Civil Veterinary Department. United Provinces 1923-31 - 1923-1931
Year: 1923
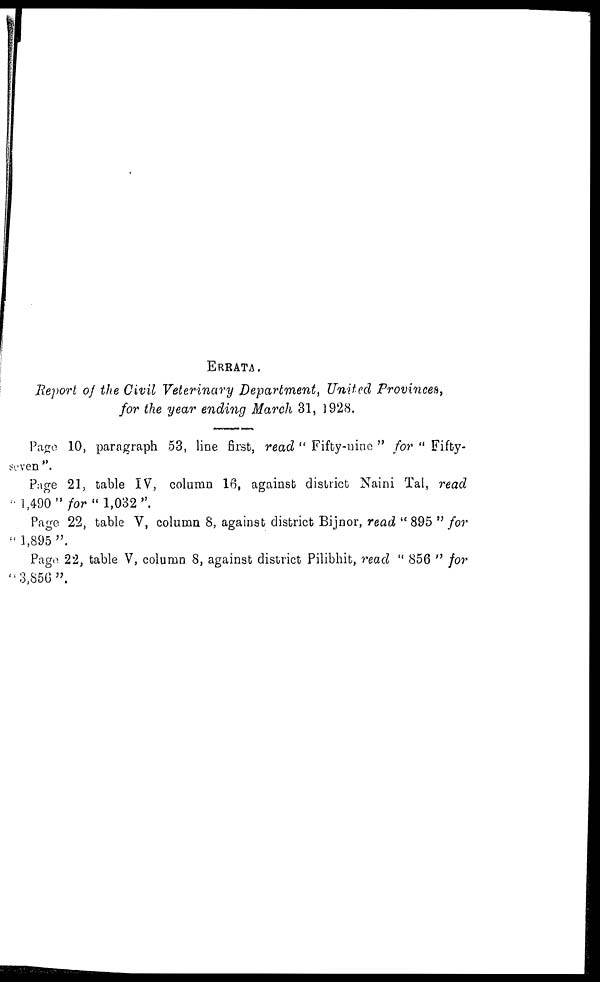
ERRATA
Report of the Civil Veterinary Department, United Provinces,
for the year ending March 31, 1928.
Page 10, paragraph 53, line first, read "Fifty-nine" for "Fifty-
seven".
Page 21, table IV, column 16, against district Naini Tal, read
"1,490" for "1,032".
Page 22, table V, column 8, against district Bijnor, read "895" for
"1,895".
Page 22, table V, column 8, against district Pilibhit, read "856" for
"3,856".